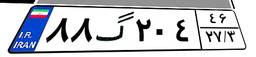
۹۶گ۸۳۷۱۵